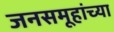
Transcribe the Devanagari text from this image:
जनसमूहांच्या